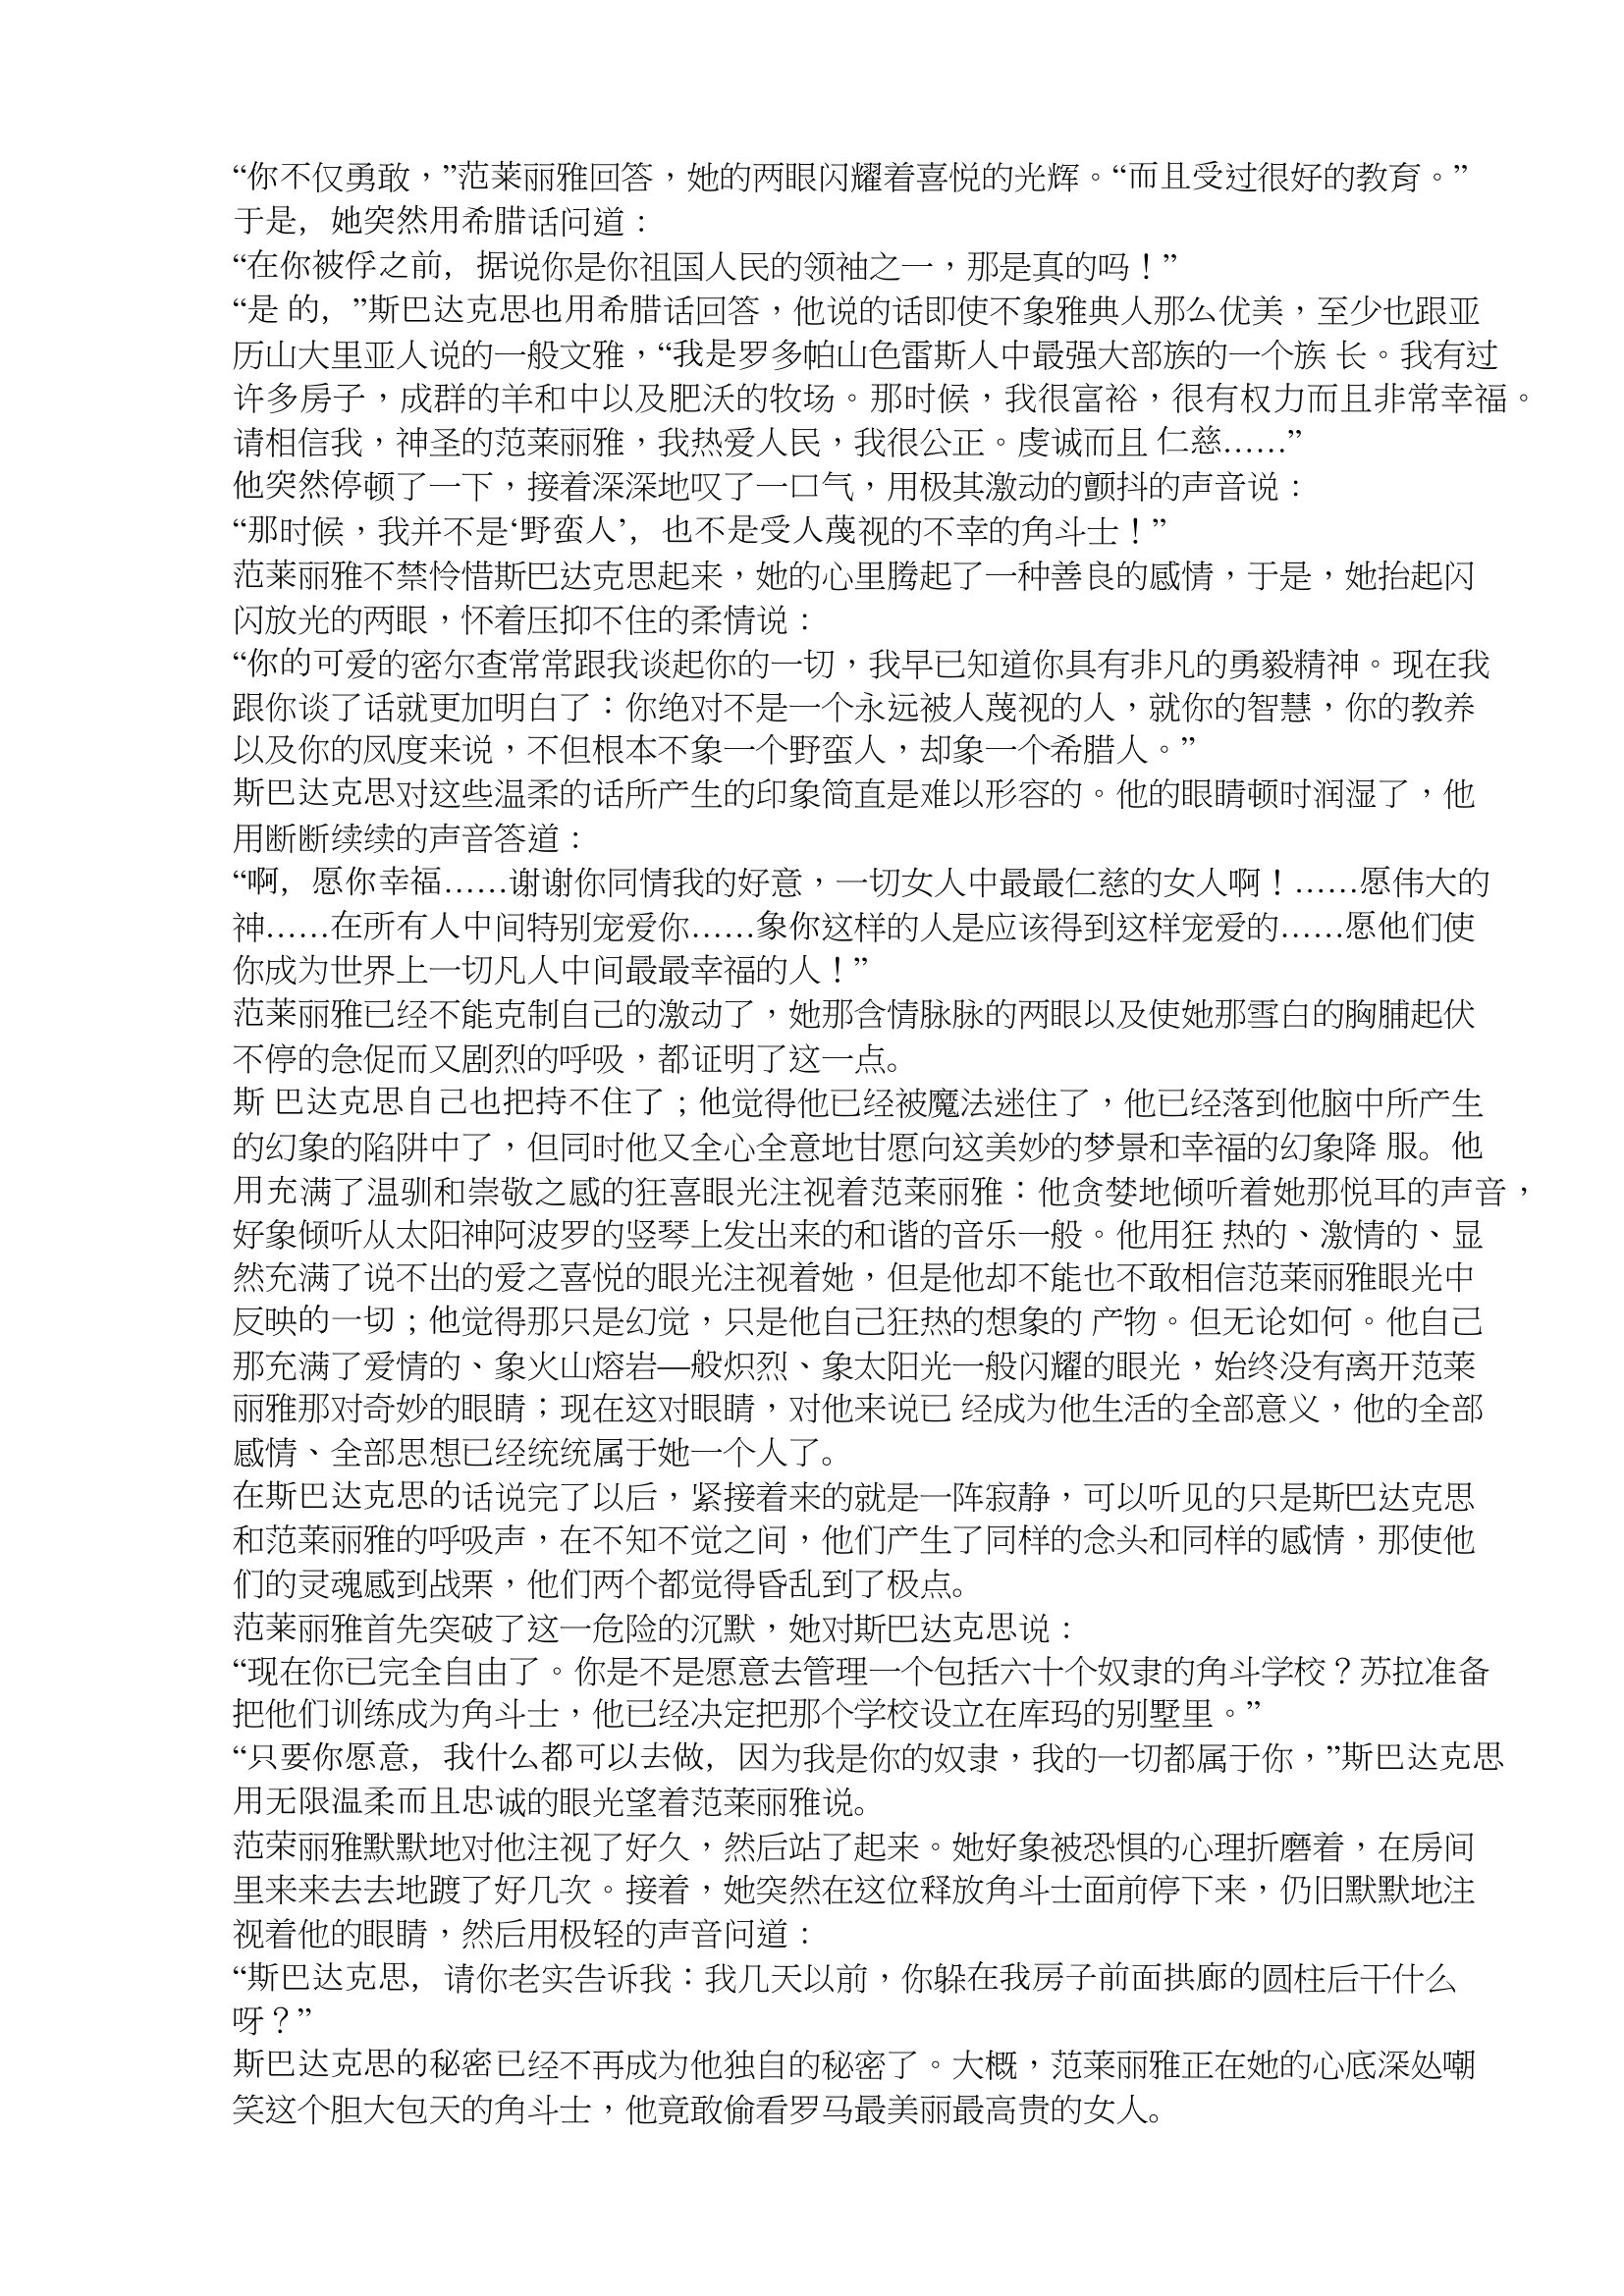
Language: zh